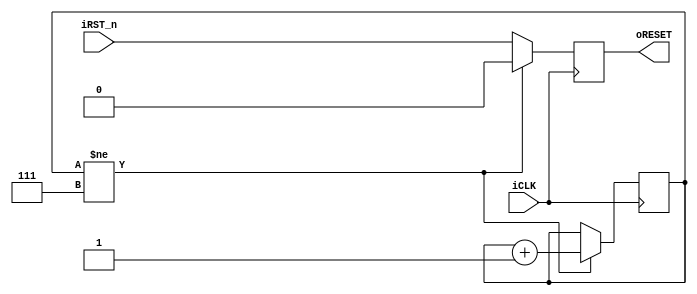
module Reset_Delay(iCLK,oRESET,iRST_n);
input       iCLK;
input       iRST_n;
output reg  oRESET;
//reg	[19:0]  Cont=0;
reg	[2:0]   Cont_tb=0; //FOR TEST

always@(posedge iCLK)
begin
    if(Cont_tb!=3'd7) //Cont=20'hFFFFF
    begin
        Cont_tb	<=	Cont_tb+1;
        oRESET	<=	1'b0;
    end
    else
    oRESET	<=	iRST_n;
end

endmodule